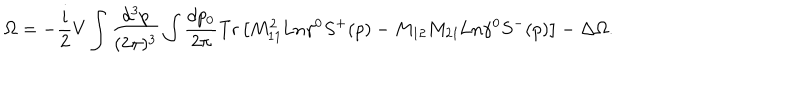
LaTeX: \Omega = - \frac i 2 V \int \frac { d ^ { 3 } p } { ( 2 \pi ) ^ { 3 } } \int \frac { d p _ { 0 } } { 2 \pi } \mathrm { T r } \left[ M _ { 1 1 } ^ { 2 } \mathrm { L n } \gamma ^ { 0 } S ^ { + } ( p ) - M _ { 1 2 } M _ { 2 1 } \mathrm { L n } \gamma ^ { 0 } S ^ { - } ( p ) \right] - \Delta \Omega .